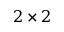
2 \times 2